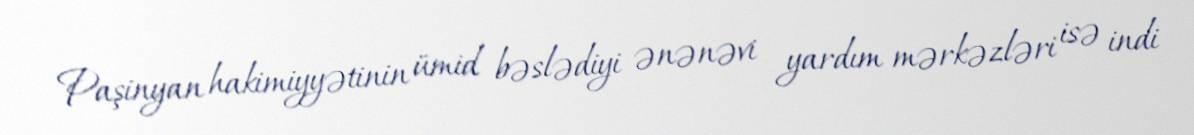
Paşinyan hakimiyyətinin ümid bəslədiyi ənənəvi yardım mərkəzləri isə indi